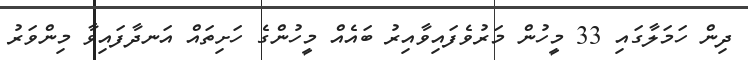
ދިން ހަމަލާގައި 33 މީހުން މަރުވެފައިވާއިރު ބައެއް މީހުންގެ ހަށިތައް އަނދާފައިވާ މިންވަރު